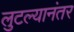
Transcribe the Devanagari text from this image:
लुटल्यानंतर